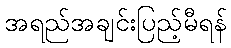
အရည်အချင်းပြည့်မီရန်